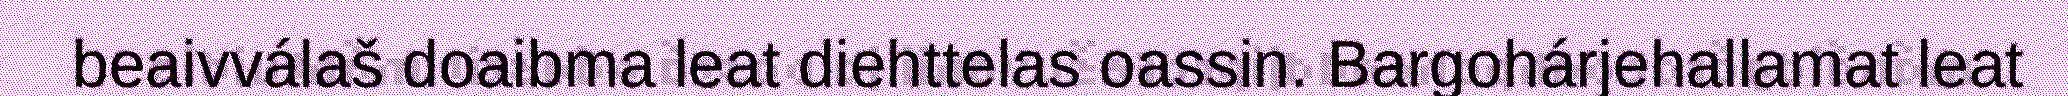
beaivválaš doaibma leat diehttelas oassin. Bargohárjehallamat leat